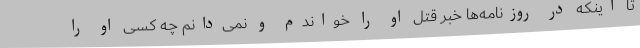
تا اینکه در روزنامه‌ها خبر قتل او را خواندم و نمی‌دانم چه کسی او را